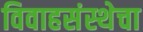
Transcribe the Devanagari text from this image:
विवाहसंस्थेचा